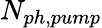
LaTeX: N_{ph,pump}